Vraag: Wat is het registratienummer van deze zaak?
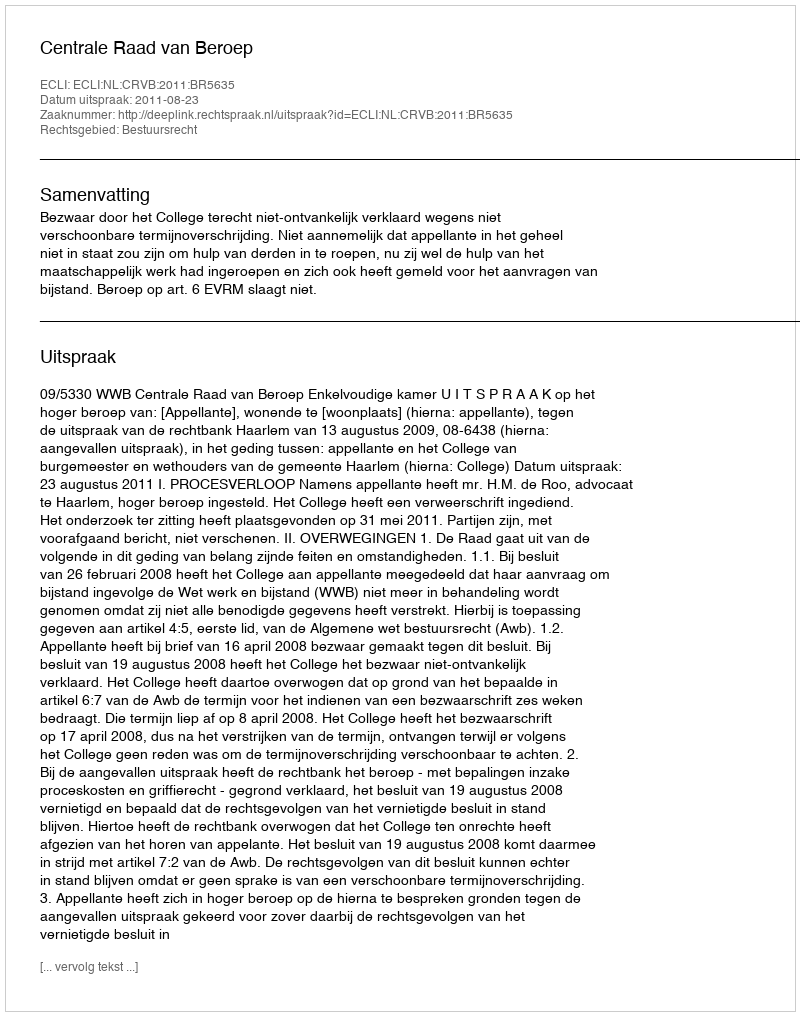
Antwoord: http://deeplink.rechtspraak.nl/uitspraak?id=ECLI:NL:CRVB:2011:BR5635